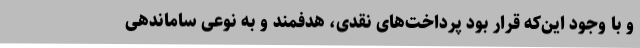
و با وجود این‌که قرار بود پرداخت‌های نقدی، هدفمند و به نوعی ساماندهی